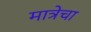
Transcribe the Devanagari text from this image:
मात्रेचा